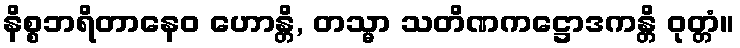
နိစ္စဘရိတာနေဝ ဟောန္တိ, တသ္မာ သတိဏကဋ္ဌောဒကန္တိ ဝုတ္တံ။